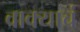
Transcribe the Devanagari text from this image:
वाक्याचं